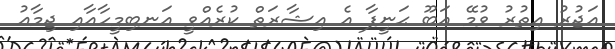
އަޖުރު އިތުރު ވުމޭ އަބޫ ޙަނީފާ އެ އިޝާރަތް ކުރެއްވީ އަނބިމީހާއާއި ޖިމާޢު